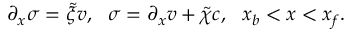
\begin{array} { r } { \partial _ { x } \sigma = \tilde { \xi } v , \ \ \sigma = \partial _ { x } v + \tilde { \chi } c , \ \ x _ { b } < x < x _ { f } . } \end{array}